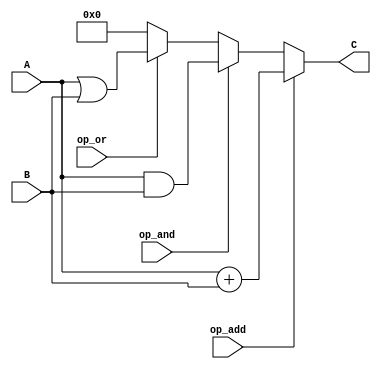
`timescale 100ns / 1ns

module alu
(
	input  wire [7:0] A,
	input  wire [7:0] B,
	output wire [7:0] C,
	input  wire op_add,
	input  wire op_and,
	input  wire op_or
);

assign C =
	op_add ? A + B :
	op_and ? A & B :
	op_or  ? A | B :
	8'b0;

endmodule